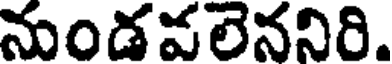
నుండవలెననిరి.